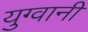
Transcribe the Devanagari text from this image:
युग्वानी